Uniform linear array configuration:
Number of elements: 8
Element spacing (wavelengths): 0.5
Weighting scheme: cosine
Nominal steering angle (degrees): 30
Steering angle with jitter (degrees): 31.247
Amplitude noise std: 0.05
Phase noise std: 0.05

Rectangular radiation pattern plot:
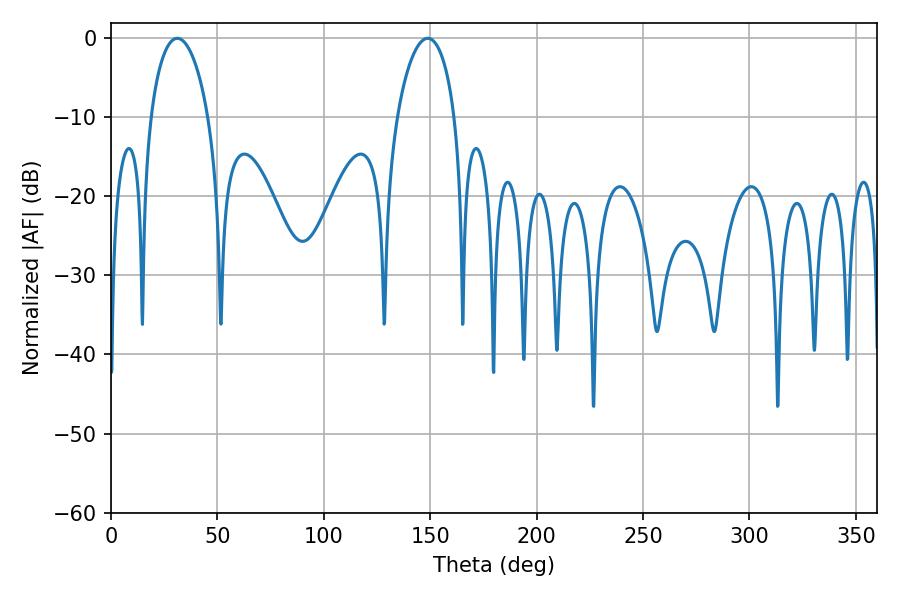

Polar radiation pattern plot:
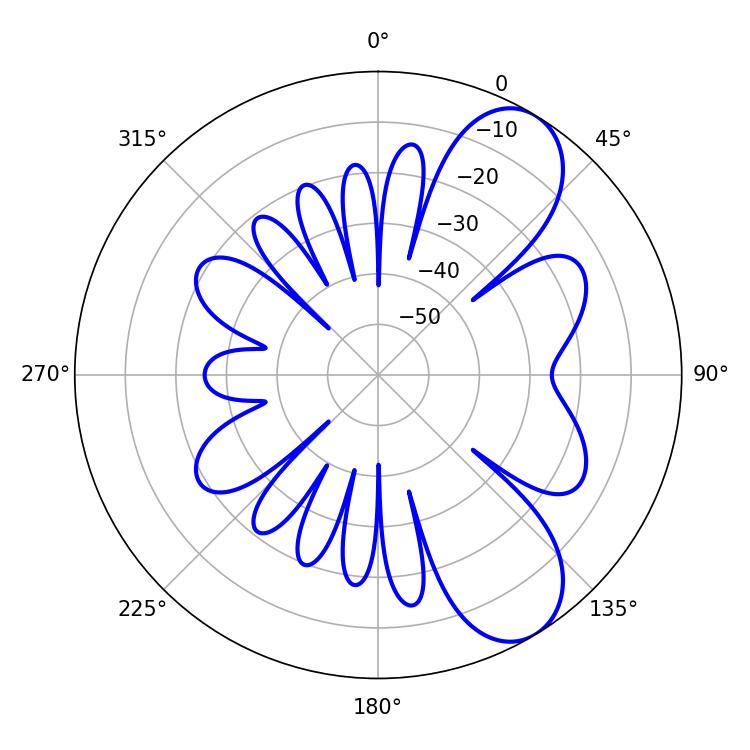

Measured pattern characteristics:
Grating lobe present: FALSE
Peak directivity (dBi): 8.171
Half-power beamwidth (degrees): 15.48
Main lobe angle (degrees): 31.14